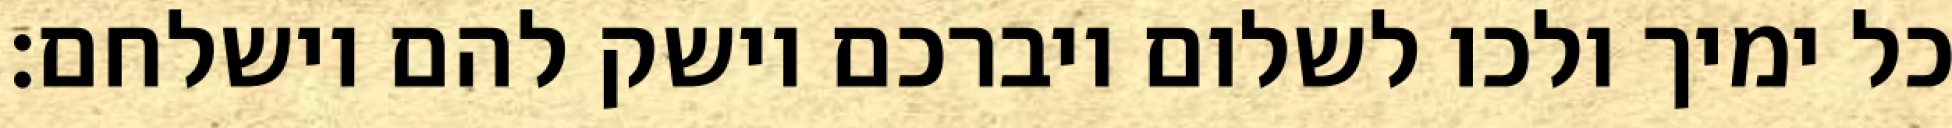
כל ימיך ולכו לשלום ויברכם וישק להם וישלחם: